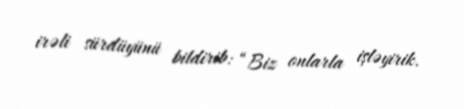
irəli sürdüyünü bildirib: “Biz onlarla işləyirik.